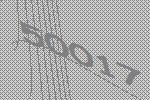
50017